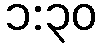
၁:၃၀